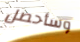
وسأحصل